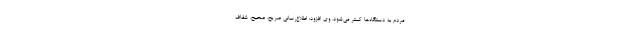
مردم به دستگاه‌ها کمتر می‌شود. وی افزود: اطلاع‌رسانی صریح، صحیح، شفاف